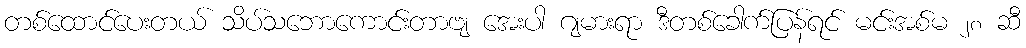
တစ်ထောင်ပေးတယ် သိပ်သဘောကောင်းတာဗျ အေးပါ ဂျမားရာ ဒီတစ်ခေါက်ပြန်ရင် မင်းအစ်မ ၂၈ ဆီ